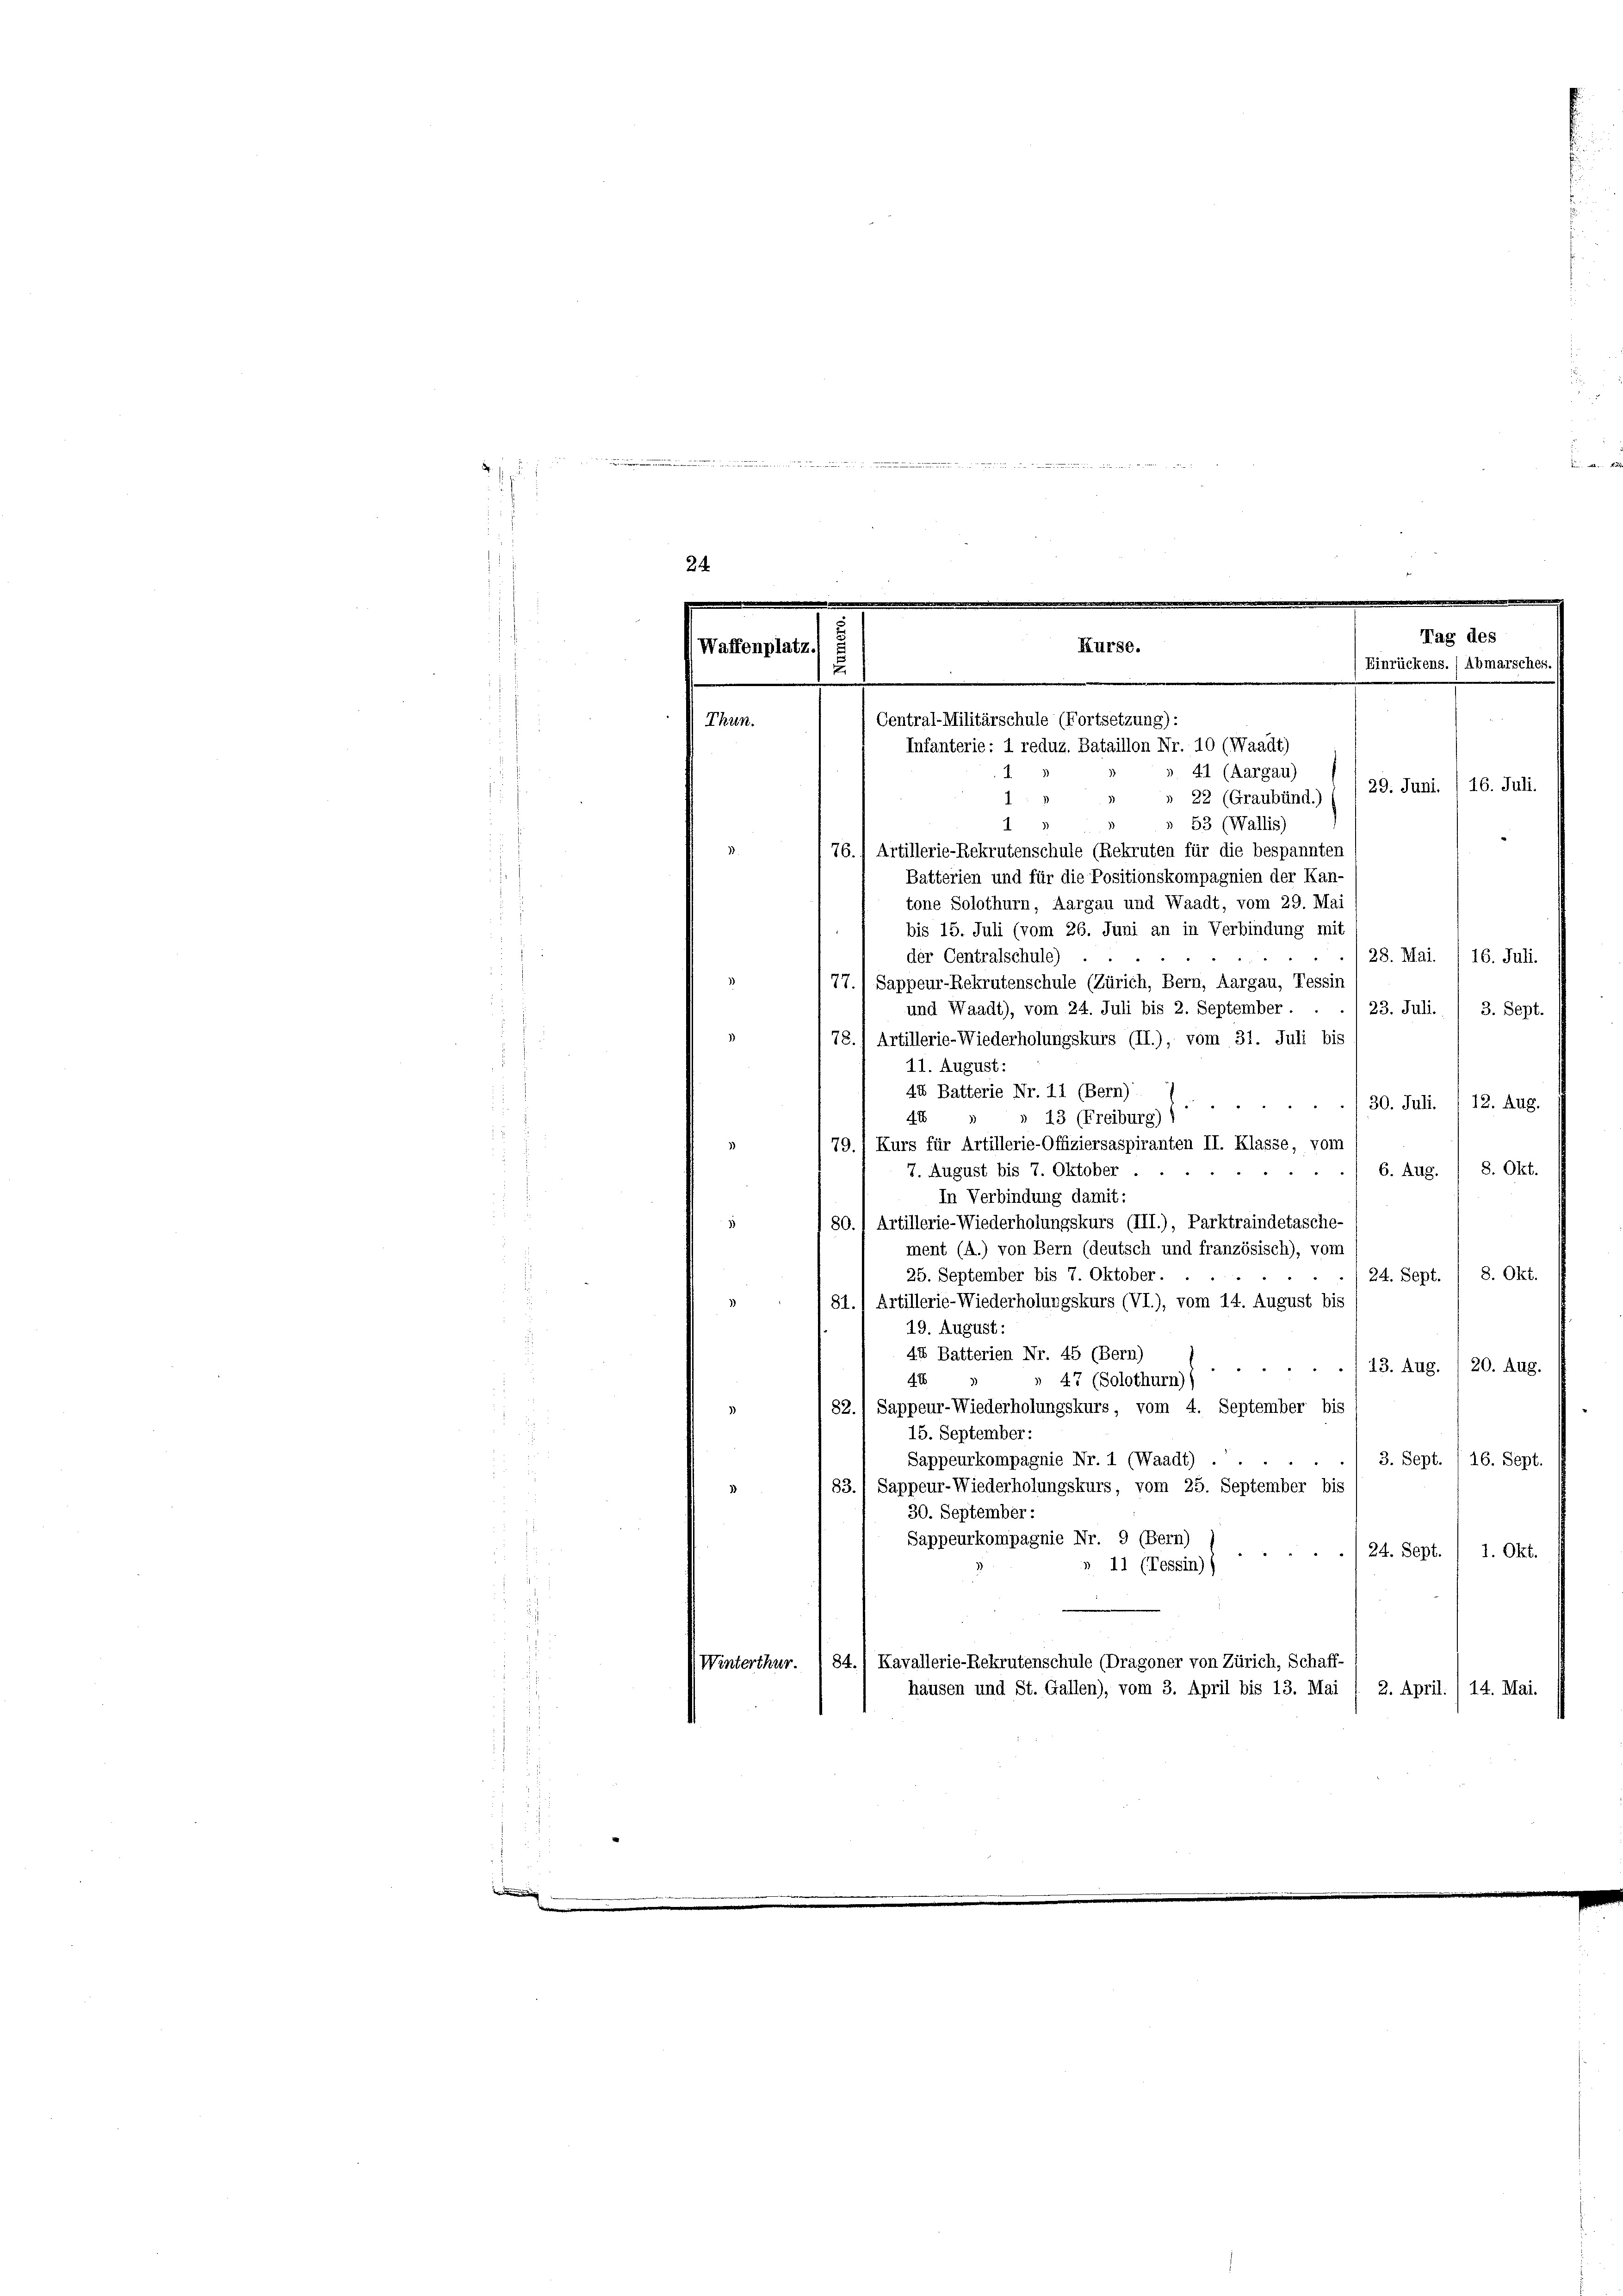
bungen
H.

i
» 22 (Graubünd.)
.
1
» 53 (Wallis)
76.) Artillerie-Rekrutenschule (Rekruten für die bespannten
Batterien und für die Positionskompagnien der Kan-
tone Solothurn, Aargau und Waadt, vom 29. Mai
bis 15. Juli (vom 26. Juni an in Verbindung mit
der Centralschule)
28. Mai. 116. Juli.
77.) Sappeur-Rekrutenschule (Zürich, Bern, Aargau, Tessin
und Waadt), vom 24. Juli bis 2. September . .
23. Juli. / 3. Sept.
78.) Artillerie-Wiederholungskurs (II.), vom 31. Juli bis
11. August:
44 Batterie Nr. 11 (Bern)
30. Juli. / 12. Aug.
» 23 (Freiburg) 7
40
79.) Kurs für Artillerie-Offiziersaspiranten II. Klasse, vom
8. Okt.
7. August bis 7. Oktober
6. Aug.
.
In Verbindung damit:
80.) Artillerie-Wiederholungskurs (III.), Parktraindetasche-
ment (A.) von Bern (deutsch und französisch), vom
25. September bis 7. Oktober.
24. Sept. / 8. Okt.
2
81.) Artillerie-Wiederholungskurs (VI.), vom 14. August bis
19. August:
44 Batterien Nr. 45 (Bern)
./13. Aug. 120. Aug.
44
47 (Solothurn))
82.) Sappeur-Wiederholungskurs, vom 4. September bis
15. September:
Sappeurkompagnie Nr. 1 (Waadt) . .
3. Sept. 116. Sept.
83. Sappeur-Wiederholungskurs, vom 25. September bis
3
30. September:
Sappeurkompagnie Nr. 9 (Bern)
24. Sept. / 1. Okt.
» 11 (Tessin))
84.) Kavallerie-Rekrutenschule (Dragoner von Zürich, Schaff-
(Winterthur.
hausen und St. Gallen), vom 3. April bis 13. Mai / 2. April. 14. Mai.

24

e
.
Tag des
Kurse.
Waffenplatz
Einrückens.) Abmarsches.
u
n
Central-Militärschule (Fortsetzung):
Thun.
Infanterie: 1 reduz. Bataillon Nr. 10 (Waadt)
41 (Aargau)
29. Juni. 116. Juli.